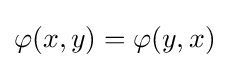
\varphi (x,y)=\varphi (y,x)